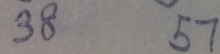
3 8 5 7